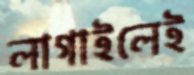
লাগাইলেই